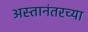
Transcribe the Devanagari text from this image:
अस्तानंतरच्या